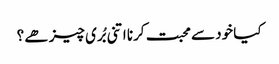
کیا خود سے محبت کرنا اتنی بُری چیز ھے ؟